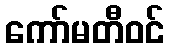
ကော်မတီဝင်